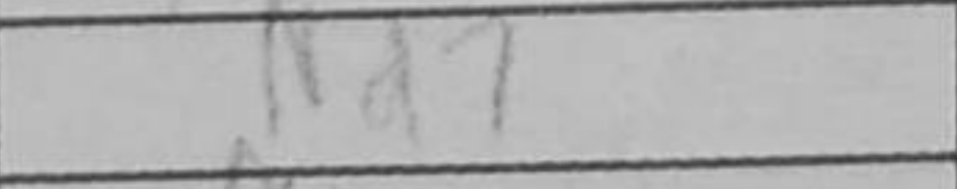
Transcription: Nd7